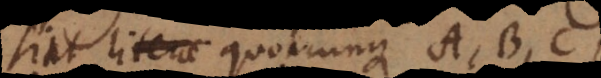
Sint literae quotcunque A, B, C,